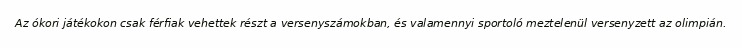
Az ókori játékokon csak férfiak vehettek részt a versenyszámokban, és valamennyi sportoló meztelenül versenyzett az olimpián.